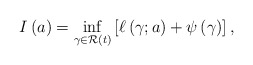
\begin{align*}I \left( a \right) = \inf_{\gamma \in \mathcal{R} \left( t \right)} \left[ \ell \left( \gamma ; a \right) + \psi \left( \gamma \right) \right],\end{align*}